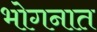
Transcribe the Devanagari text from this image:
भोगनात